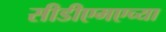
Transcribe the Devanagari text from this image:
सीडीएमएच्या